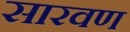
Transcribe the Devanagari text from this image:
सारवण